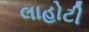
લાહોટી